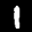
Label: 1